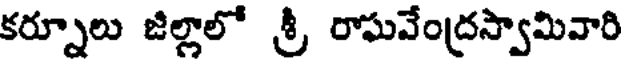
కర్నూలు జిల్లాలో శ్రీ రాఘవేంద్రస్వామివారి